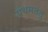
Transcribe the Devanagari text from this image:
प्रथमतंतु